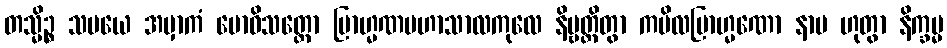
တသ္မိဉ္စ သမယေ အမှာကံ ဗောဓိသတ္တော ဗြာဟ္မဏမဟာသာလကုလေ နိဗ္ဗတ္တိတွာ ကပိလဗြာဟ္မဏော နာမ ဟုတွာ နိက္ခမ္မ